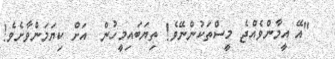
"އޭ އީމާންވެއްޖެ މީސްތަކުންނޭވެ! ތިޔަބައިމީހުން  އަށް ކިޔަމަންވާށެވެ!